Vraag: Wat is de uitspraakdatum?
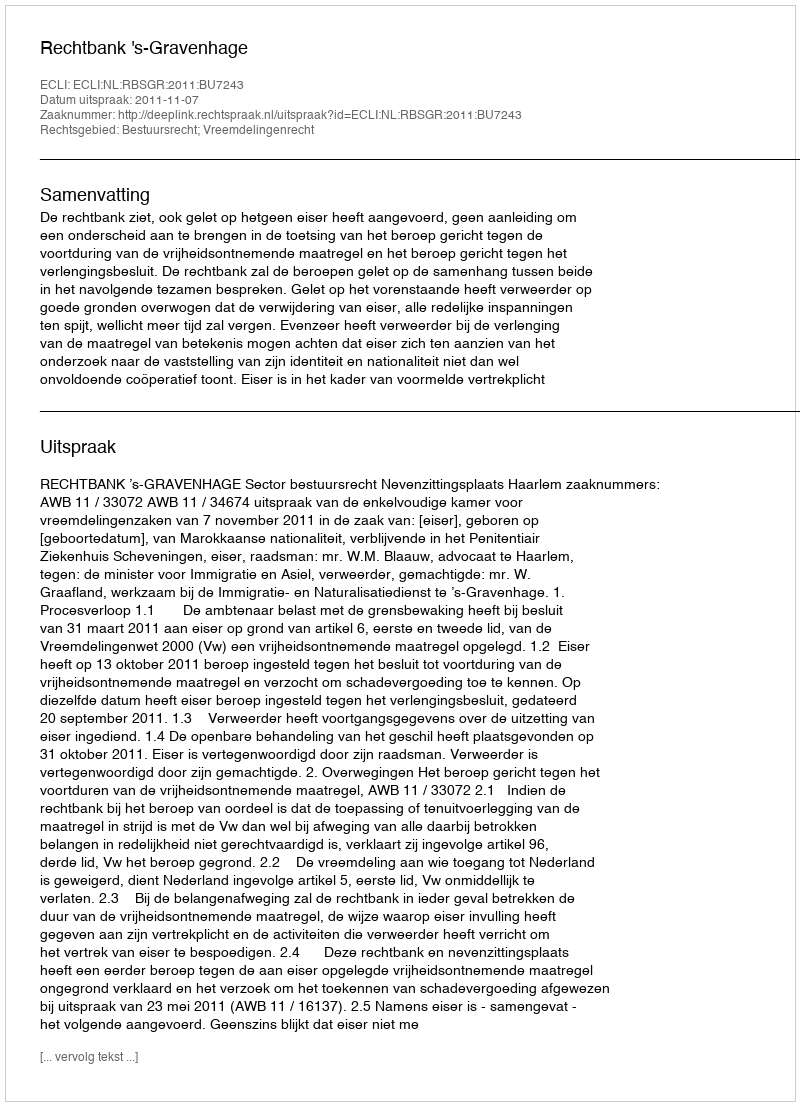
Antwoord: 2011-11-07